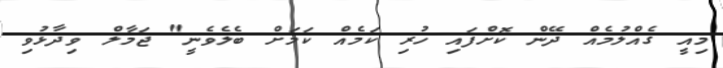
މިއީ ގެއްލުމެއް ދޭން ކޮށްފައި ހުރި ކަމެއް ކަމަށް ބެލެވެނީ" ޖަމާލް ވިދާޅުވި